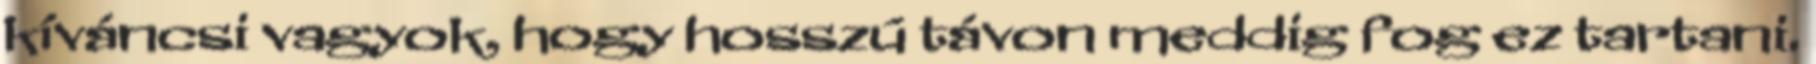
kíváncsi vagyok, hogy hosszú távon meddig fog ez tartani.